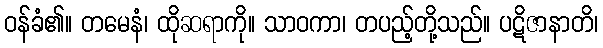
ဝန်ခံ၏။ တမေနံ၊ ထိုဆရာကို။ သာဝကာ၊ တပည့်တို့သည်။ ပဋိဇာနာတိ၊